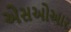
એસઓઆર